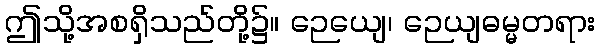
ဤသို့အစရှိသည်တို့၌။ ဉေယျေ၊ ဉေယျဓမ္မတရား